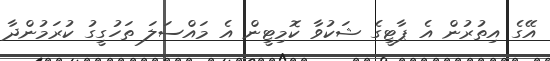
އޭގެ އިތުރުން އެ ޕާޓީގެ ޝަކުވާ ކޮމިޓީން އެ މައްސަލަ ތަހުގީގު ކުރަމުންދާ